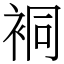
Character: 𧙥